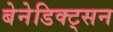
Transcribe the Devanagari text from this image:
बेनेडिक्ट्सन